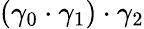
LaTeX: (\gamma_{0}\cdot\gamma_{1})\cdot\gamma_{2}